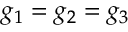
g _ { 1 } = g _ { 2 } = g _ { 3 }